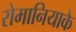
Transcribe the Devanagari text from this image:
रोमानियाके